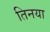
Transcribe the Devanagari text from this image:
तिनया